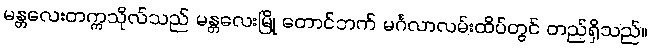
မန္တလေးတက္ကသိုလ်သည် မန္တလေးမြို့ တောင်ဘက် မင်္ဂလာလမ်းထိပ်တွင် တည်ရှိသည်။